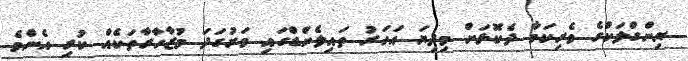
ޔިންގްލަކްގެ ވެރިކަމާ ދެކޮޅަށް މިދިޔަ އަހަރު ތައިލެންޑްގައި ވަރުގަދަ މުޒާހާރާތަކެއް ކުރި އެންމެ